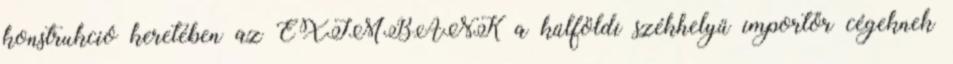
konstrukció keretében az EXIMBANK a külföldi székhelyű importőr cégeknek